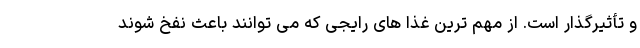
و تأثیرگذار است. از مهم ترین غذا های رایجی که می توانند باعث نفخ شوند